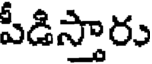
పీడిస్తారు